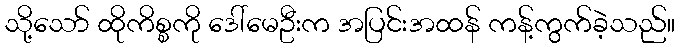
သို့သော် ထိုကိစ္စကို ဒေါ်မေဦးက အပြင်းအထန် ကန့်ကွက်ခဲ့သည်။